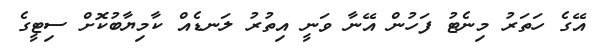
އޭގެ ހަތަރު މިނެޓު ފަހުން އޭނާ ވަނީ އިތުރު ލަނޑެއް ކާމިޔާބުކޮށް ސިޓީގެ